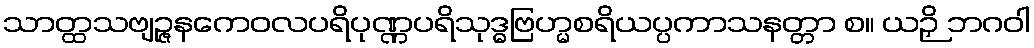
သာတ္ထသဗျဉ္ဇနကေဝလပရိပုဏ္ဏပရိသုဒ္ဓဗြဟ္မစရိယပ္ပကာသနတ္တာ စ။ ယဉှိ ဘဂဝါ